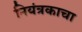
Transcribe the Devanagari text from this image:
नियंत्रकाचा